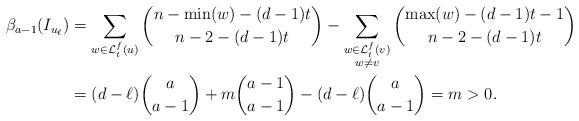
LaTeX: \begin{align*}\beta_{a-1}(I_{u_\ell})&=\sum_{w\in\mathcal{L}_t^f(u)}\binom{n-\min(w)-(d-1)t}{n-2-(d-1)t}-\sum_{\substack{w\in\mathcal{L}_t^f(v)\\ w\ne v}}\binom{\max(w)-(d-1)t-1}{n-2-(d-1)t}\\&=(d-\ell)\binom{a}{a-1}+m\binom{a-1}{a-1}-(d-\ell)\binom{a}{a-1}=m>0.\end{align*}